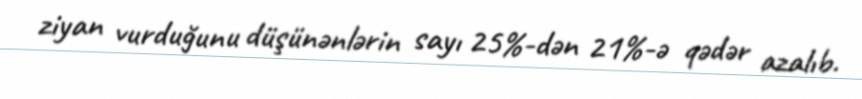
ziyan vurduğunu düşünənlərin sayı 25%-dən 21%-ə qədər azalıb.